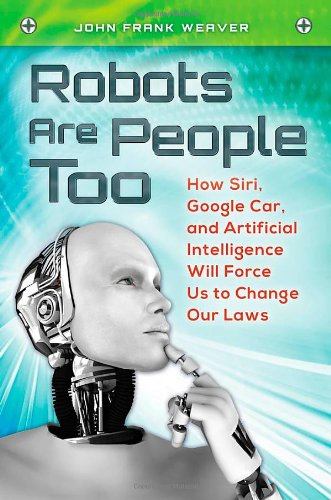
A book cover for Robots Are People Too: How Siri, Google Car, and Artificial Intelligence Will Force Us to Change Our Laws; John Frank Weaver; Law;